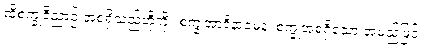
ထိုစက္ခုဝိညာဉ် အစရှိသည်တို့ကို။ စက္ခုအာဒိနာမေန၊ စက္ခုအစရှိသော အမည်ဖြင့်။